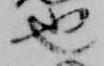
也